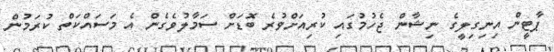
ޕާޓީން އިނިގިލީގެ ނިޝާން ޖެހުމުގައި ކުރިއަށްވުރެ ބޮޑަށް ސަމާލުވެގެން އެ މަސައްކަތް ކުރަމުން